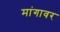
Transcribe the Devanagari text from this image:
मांगावर